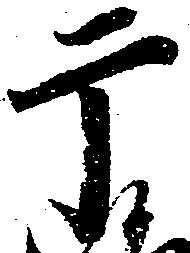
干